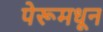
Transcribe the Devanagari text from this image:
पेरूमधून